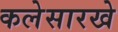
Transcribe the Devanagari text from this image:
कलेसारखे